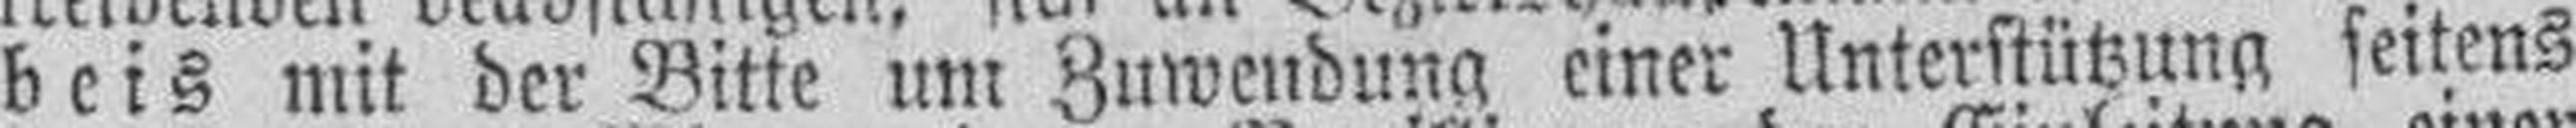
beis mit der Bitte um Zuwendung einer Unterstützung seitens